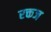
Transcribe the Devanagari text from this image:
रक्तज